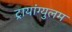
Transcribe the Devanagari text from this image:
ट्रायांग्युलम